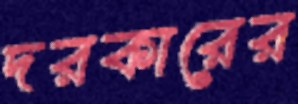
দরকারের